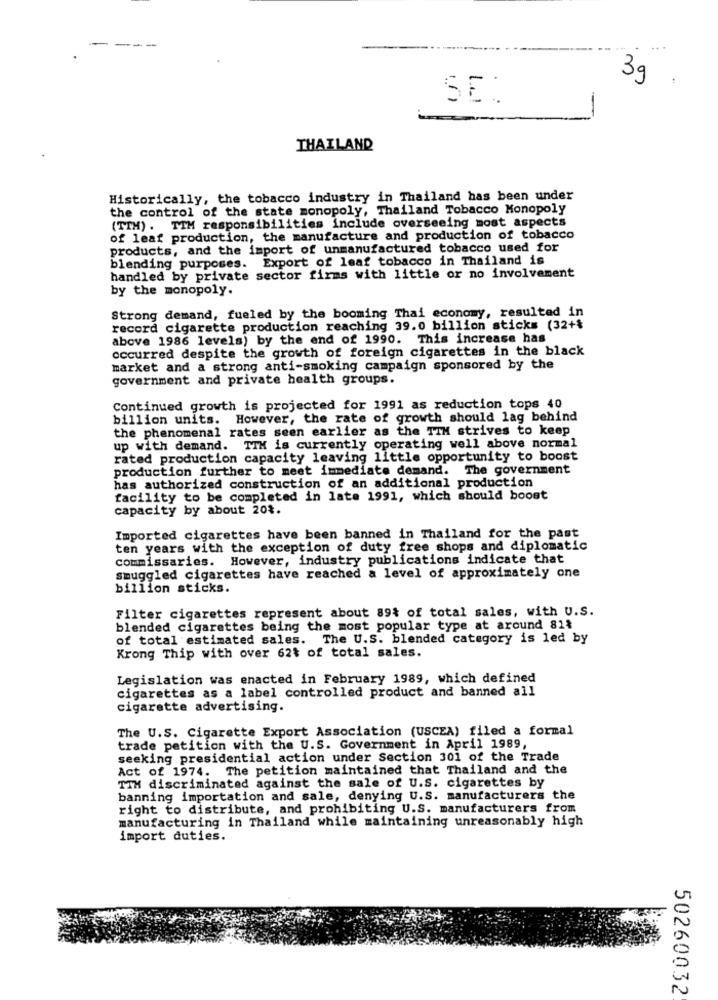
-
...
.
.
3g
THAILAND
Historically, the tobacco industry in Thailand has been under
the control of the state monopoly, Thailand Tobacco Monopoly
(TTH). TIM responsibilities include overseeing most aspects
of leaf production, the manufacture and production of tobacco
products, and the import of unmanufactured tobacco used for
blending purposes. Export of leaf tobacco in Thailand is
handled by private sector firms with little or no involvement
by the monopoly.
Strong demand, fueled by the booming Thai economy, resulted in
record cigarette production reaching 39.0 billion sticks (32+%
above 1986 levels) by the end of 1990. This increase has
occurred despite the growth of foreign cigarettes in the black
market and a strong anti-smoking campaign sponsored by the
government and private health groups.
Continued growth is projected for 1991 as reduction tops 40
billion units. However, the rate of growth should lag behind
the phenomenal rates seen earlier as the TIM strives to keep
up with demand. TIM is currently operating well above normal
rated production capacity leaving little opportunity to boost
production further to meet immediate demand. The government
has authorized construction of an additional production
facility to be completed in late 1991, which should boost
capacity by about 20%.
Imported cigarettes have been banned in Thailand for the past
ten years with the exception of duty free shops and diplomatic
commissaries. However, industry publications indicate that
smuggled cigarettes have reached a level of approximately one
billion sticks.
Filter cigarettes represent about 89% of total sales, with U.S.
blended cigarettes being the most popular type at around 81%
of total estimated sales. The U.S. blended category is led by
Krong Thip with over 62% of total sales.
Legislation was enacted in February 1989, which defined
cigarettes as a label controlled product and banned all
cigarette advertising.
The U.S. Cigarette Export Association (USCEA) filed a formal
trade petition with the U.S. Government in April 1989,
seeking presidential action under Section 301 of the Trade
Act of 1974. The petition maintained that Thailand and the
TTH discriminated against the sale of U.S. cigarettes by
banning importation and sale, denying U.S. manufacturers the
right to distribute, and prohibiting U.S. manufacturers from
manufacturing in Thailand while maintaining unreasonably high
import duties.
50260032